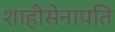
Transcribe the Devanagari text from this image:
शाहीसेनापति